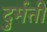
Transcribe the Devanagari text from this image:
दुर्मती